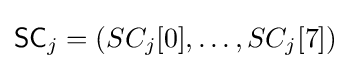
{\textsf {SC}}_{j}=(SC_{j}[0],\ldots ,SC_{j}[7])